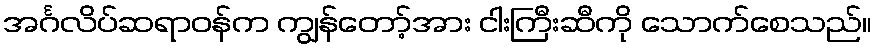
အင်္ဂလိပ်ဆရာဝန်က ကျွန်တော့်အား ငါးကြီးဆီကို သောက်စေသည်။